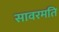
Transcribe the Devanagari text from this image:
सावरमति